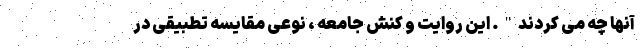
آنها چه می کردند". این روایت و کنش جامعه ، نوعی مقایسه تطبیقی در